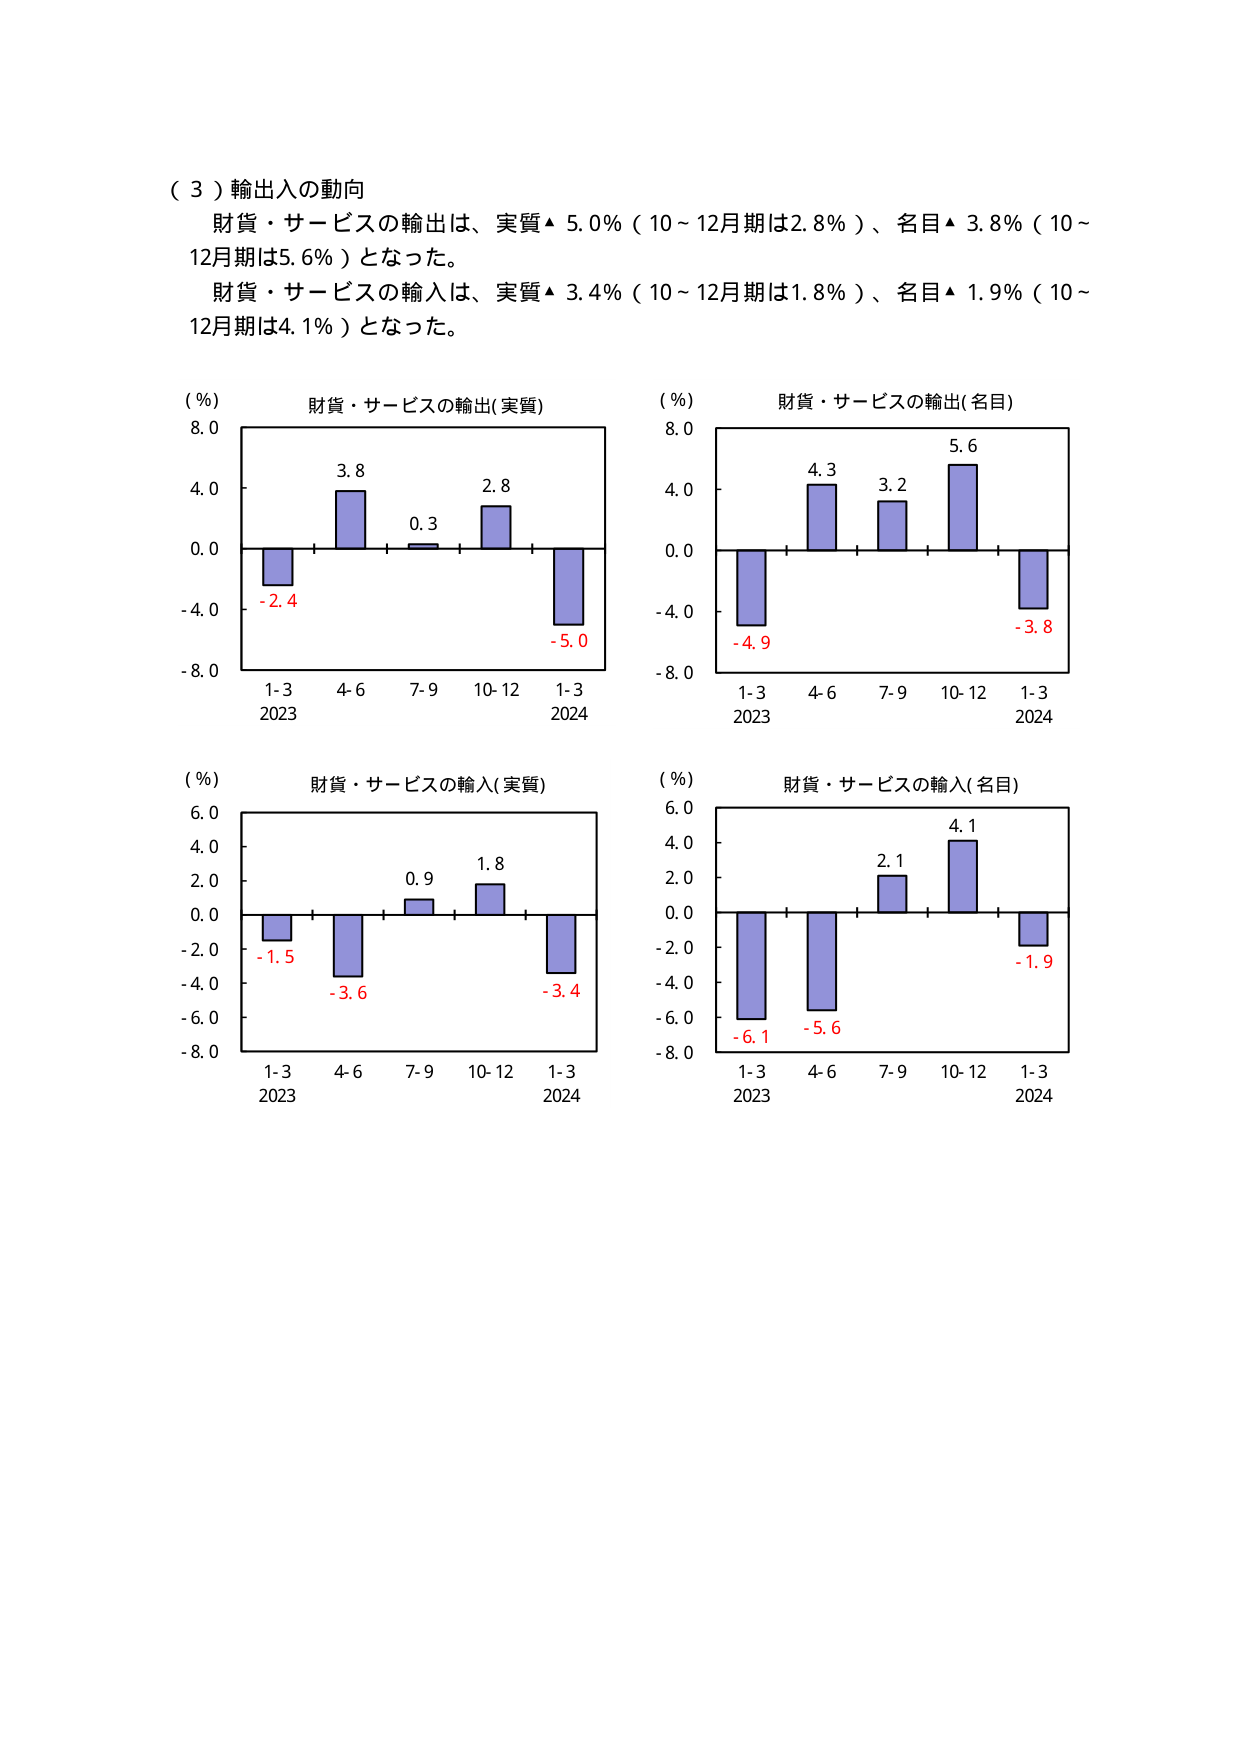
（３）輸出入の動向
財貨・サービスの輸出は、実質▲ 5.0%（10～12月期は2.8%）、名目▲ 3.8%（10～12月期は5.6%）となった。
財貨・サービスの輸入は、実質▲ 3.4%（10～12月期は1.8%）、名目▲ 1.9%（10～12月期は4.1%）となった。

（%）
財貨・サービスの輸出(実質)
8.0
4.0
0.0
-4.0
-8.0
1-3
2023
4-6
7-9
10-12
1-3
2024
-2.4
3.8
0.3
2.8
-5.0

（%）
財貨・サービスの輸出(名目)
8.0
4.0
0.0
-4.0
-8.0
1-3
2023
4-6
7-9
10-12
1-3
2024
-4.9
4.3
3.2
5.6
-3.8

（%）
財貨・サービスの輸入(実質)
6.0
4.0
2.0
0.0
-2.0
-4.0
-6.0
-8.0
1-3
2023
4-6
7-9
10-12
1-3
2024
-1.5
-3.6
0.9
1.8
-3.4

（%）
財貨・サービスの輸入(名目)
6.0
4.0
2.0
0.0
-2.0
-4.0
-6.0
-8.0
1-3
2023
4-6
7-9
10-12
1-3
2024
-6.1
-5.6
2.1
4.1
-1.9